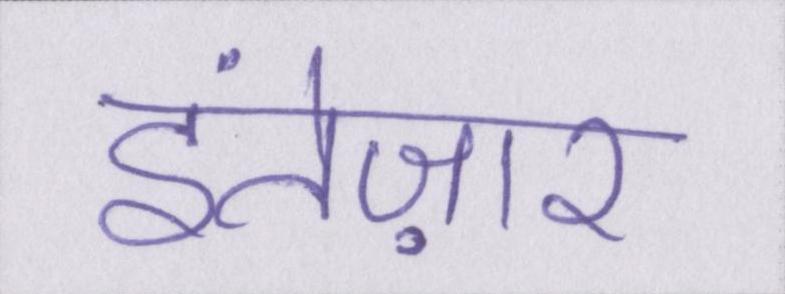
इंतेज़ार